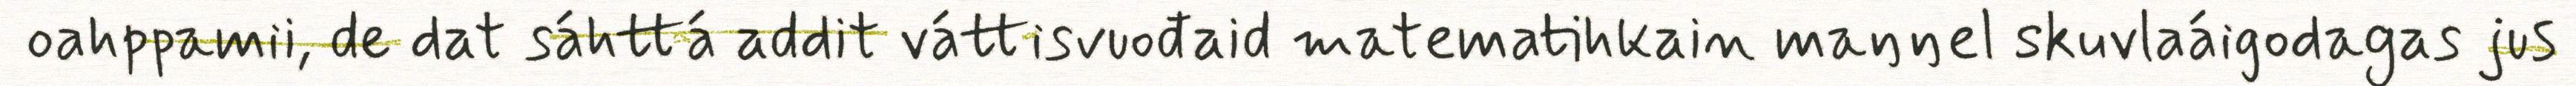
oahppamii, de dat sáhttá addit váttisvuođaid matematihkain maŋŋel skuvlaáigodagas jus